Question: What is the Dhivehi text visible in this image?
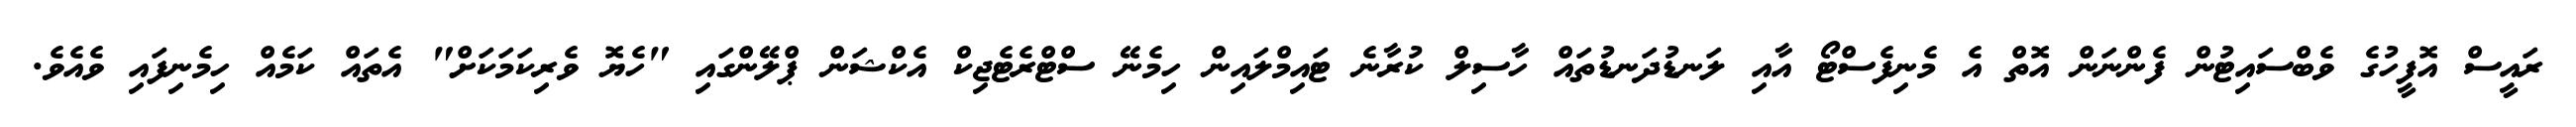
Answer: ރައީސް އޮފީހުގެ ވެބްސައިޓުން ފެންނަން އޮތް އެ މެނިފެސްޓޯ އާއި ލަނޑުދަނޑުތައް ހާސިލް ކުރާނެ ޓައިމްލައިން ހިމެނޭ ސްޓްރެޓެޖިކް އެކްޝަން ޕްލޭންގައި "ހެޔޮ ވެރިކަމަކަށް" އެތައް ކަމެއް ހިމެނިފައި ވެއެވެ.